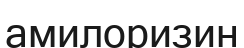
амилоризин